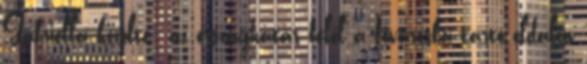
Gabriella közölte: az országhatár felől a fővárosba tartó oldalon